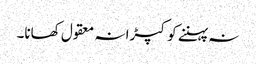
نہ پہننے کو کپڑا نہ معقول کھانا۔